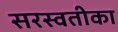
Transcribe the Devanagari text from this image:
सरस्वतीका